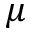
\mu